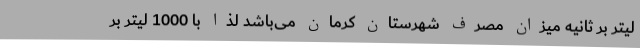
لیتر بر ثانیه میزان مصرف شهرستان کرمان می‌باشد لذا با 1000 لیتر بر